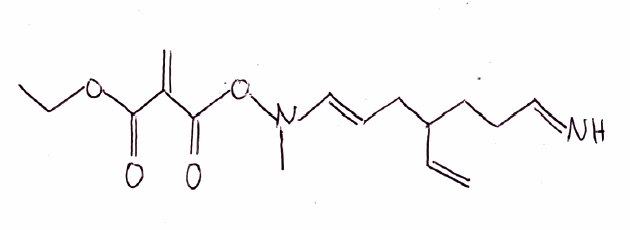
Simplified molecular-input line-entry system (SMILES) notation of the given molecule:
CCOC(=O)C(=C)C(=O)ON(C)/C=C/CC(CCC=N)C=C